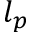
l _ { p }